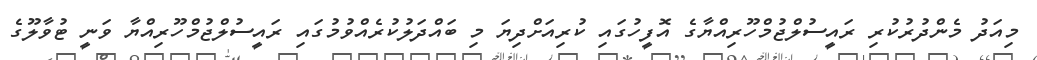
މިއަދު މެންދުރުކުރި ރައީސުލްޖުމްހޫރިއްޔާގެ އޮފީހުގައި ކުރިއަށްދިޔަ މި ބައްދަލުކުރެއްވުމުގައި ރައީސުލްޖުމްހޫރިއްޔާ ވަނީ ޓުވާލޫގެ